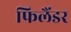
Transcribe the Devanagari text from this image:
फिलैंडर